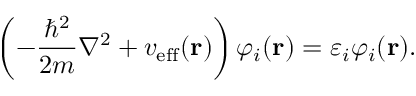
\left( - { \frac { \hbar ^ { 2 } } { 2 m } } \nabla ^ { 2 } + v _ { \mathrm { e f f } } ( \mathbf { r } ) \right) \varphi _ { i } ( \mathbf { r } ) = \varepsilon _ { i } \varphi _ { i } ( \mathbf { r } ) .